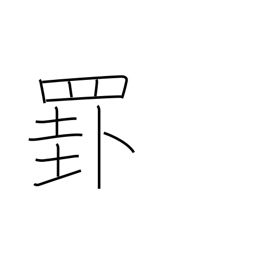
Meaning: ruled line